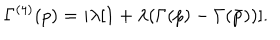
LaTeX: \Gamma ^ { ( 4 ) } ( p ) = i \lambda [ 1 + \lambda ( \Gamma ( p ) - \Gamma ( \bar { p } ) ) ] .